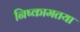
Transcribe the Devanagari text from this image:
निष्कामतया